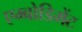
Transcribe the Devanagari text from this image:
एम्बोडिमेंट